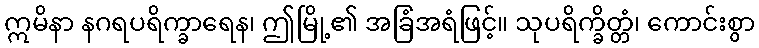
ဣမိနာ နဂရပရိက္ခာရေန၊ ဤမြို့၏ အခြံအရံဖြင့်။ သုပရိက္ခိတ္တံ၊ ကောင်းစွာ